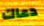
دعاك